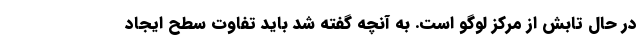
در حال تابش از مرکز لوگو است. به آنچه گفته شد باید تفاوت سطح ایجاد